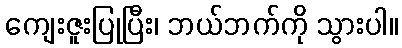
ကျေးဇူးပြုပြီး၊ ဘယ်ဘက်ကို သွားပါ။